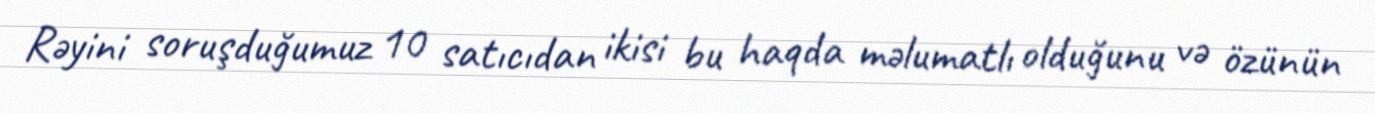
Rəyini soruşduğumuz 10 satıcıdan ikisi bu haqda məlumatlı olduğunu və özünün